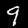
Label: 9